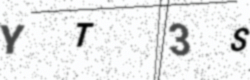
Text: YT3S